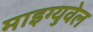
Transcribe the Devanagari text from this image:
माइग्युवेल